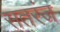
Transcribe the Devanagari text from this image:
सतरंज